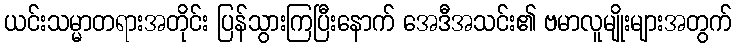
ယင်းသမ္မာတရားအတိုင်း ပြန်သွားကြပြီးနောက် အေဒီအသင်း၏ ဗမာလူမျိုးများအတွက်